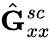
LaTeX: \hat{\mathbf{G}}_{xx}^{sc}